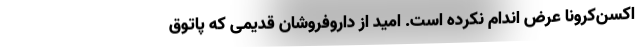
اکسن‌کرونا عرض اندام نکرده است. امید از داروفروشان قدیمی که پاتوق